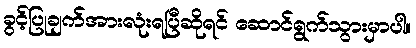
ခွင့်ပြုချက်အားလုံးရပြီဆိုရင် ဆောင်ရွက်သွားမှာပါ။